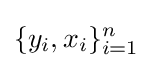
\{y_{i},x_{i}\}_{i=1}^{n}